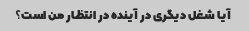
آیا شغل دیگری در آینده در انتظار من است؟